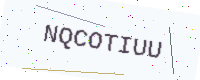
Text: NQCOTIUU